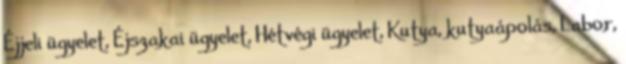
Éjjeli ügyelet, Éjszakai ügyelet, Hétvégi ügyelet, Kutya, kutyaápolás, Labor,